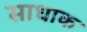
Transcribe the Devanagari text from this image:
साधाक